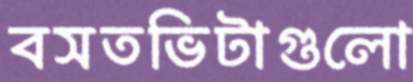
বসতভিটাগুলো